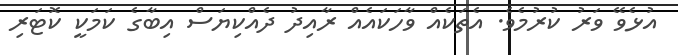
އުޅެވޭ ވަރު ކުރުމެވެ. އެތަކެއް ވާހަކައެއް ރާއިދު ދެއްކިޔަސް އިބާގެ ކަމަކީ ކޮޓަރި